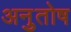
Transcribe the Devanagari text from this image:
अनुुतोष